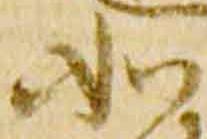
如